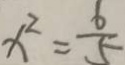
x ^ { 2 } = \frac { 6 } { 5 }